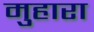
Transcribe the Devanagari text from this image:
मुहारा